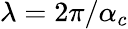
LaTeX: \lambda=2\pi/\alpha_{c}